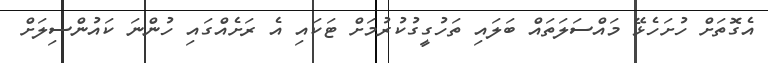
އެގޮތަށް ހުށަހެޅޭ މައްސަލަތައް ބަލައި ތަހުގީގުކުރުމަށް ޓަކައި އެ ރަށެއްގައި ހުންނަ ކައުންސިލަށް